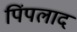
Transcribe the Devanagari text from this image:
पिंपलाद